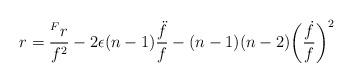
LaTeX: \begin{align*} r = \frac{{^F}r}{f^2} - 2\epsilon(n-1)\frac{\ddot{f}}{f} - (n-1)(n-2)\bigg(\frac{\dot{f}}{f}\bigg)^{2}\end{align*}